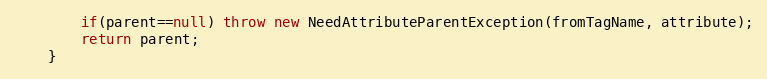
Language: Java
		if(parent==null) throw new NeedAttributeParentException(fromTagName, attribute);
		return parent;
	}